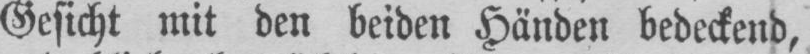
Gesicht mit den beiden Händen bedeckend,